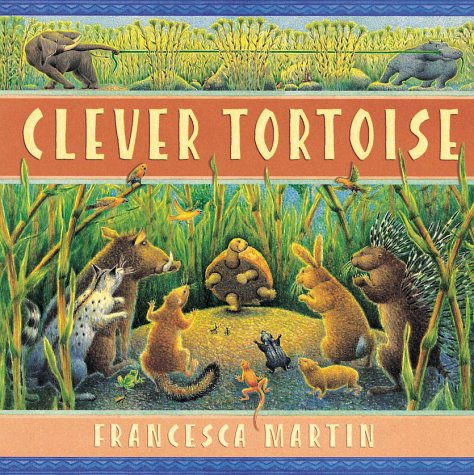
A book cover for Clever Tortoise; Francesca Martin; Children's Books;